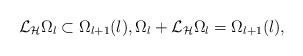
LaTeX: \begin{align*}\mathcal L_\mathcal H\Omega_l\subset\Omega_{l+1}(l),\Omega_l+\mathcal L_\mathcal H\Omega_l=\Omega_{l+1}(l), \end{align*}